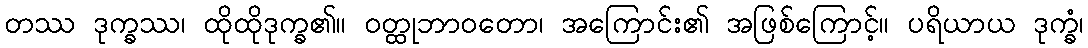
တဿ ဒုက္ခဿ၊ ထိုထိုဒုက္ခ၏။ ဝတ္ထုဘာဝတော၊ အကြောင်း၏ အဖြစ်ကြောင့်။ ပရိယာယ ဒုက္ခံ၊